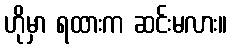
ဟိုမှာ ရထားက ဆင်းမလား။